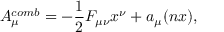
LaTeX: A \sb { \mu } \sp { c o m b } = - \frac { 1 } { 2 } F \sb { \mu \nu } x \sp { \nu } + a \sb { \mu } ( n x ) ,